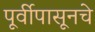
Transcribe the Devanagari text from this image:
पूर्वीपासूनचे